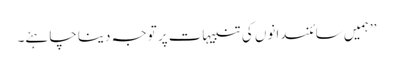
’’ہمیں سائنسدانوں کی تنبیہات پر توجہ دینا چاہئے۔